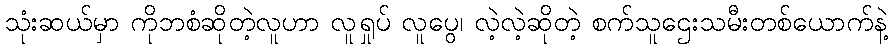
သုံးဆယ်မှာ ကိုဘစံဆိုတဲ့လူဟာ လူရှုပ် လူပွေ၊ လဲ့လဲ့ဆိုတဲ့ စက်သူဌေးသမီးတစ်ယောက်နဲ့